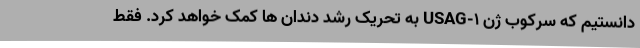
دانستیم که سرکوب ژن USAG-1 به تحریک رشد دندان ها کمک خواهد کرد. فقط